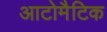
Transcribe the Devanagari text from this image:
आटोमैटिक